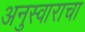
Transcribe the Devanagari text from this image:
अनुस्वाराचा